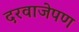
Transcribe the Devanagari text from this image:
दरवाजेपण